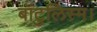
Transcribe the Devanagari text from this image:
बॉटुलिस्म।